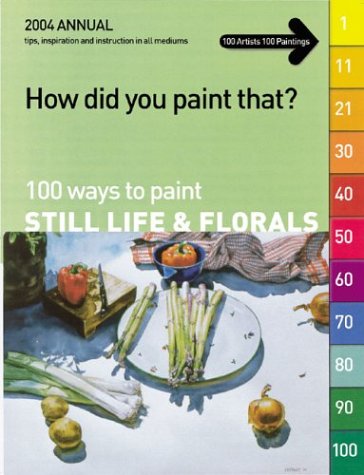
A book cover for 100 Ways to Paint Still Life & Florals (How Did You Paint That?); Arts & Photography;